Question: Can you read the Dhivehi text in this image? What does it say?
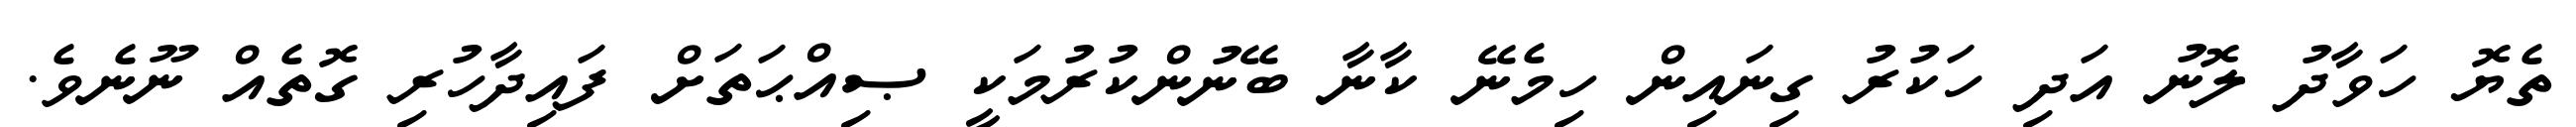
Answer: ތެޔޮ ހަވާދު ލޮނު އަދި ހަކުރު ގިނައިން ހިމެނޭ ކާނާ ބޭނުންކުރުމަކީ ޞިއްޙަތަށް ފައިދާހުރި ގޮތެއް ނޫނެވެ.